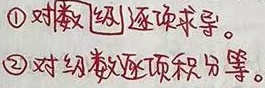
\textcircled{1} 对幂 级 数逐项求导。
\textcircled{2} 对幂级数逐项积分等。